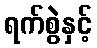
ရက်စွဲနှင့်